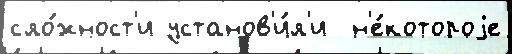
сло́жност'и установ'и́л'и  н'е́котороjе